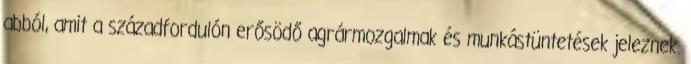
abból, amit a századfordulón erősödő agrármozgalmak és munkástüntetések jeleznek.